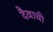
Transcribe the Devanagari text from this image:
दैवाची